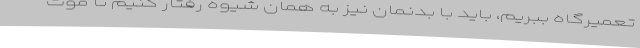
تعمیرگاه ببریم، باید با بدنمان نیز به همان شیوه رفتار کنیم تا موت